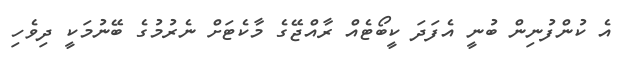
އެ ކުންފުނިން ބުނީ އެފަދަ ކީބޯޓެއް ރާއްޖޭގެ މާކެޓަށް ނެރުމުގެ ބޭނުމަކީ ދިވެހި